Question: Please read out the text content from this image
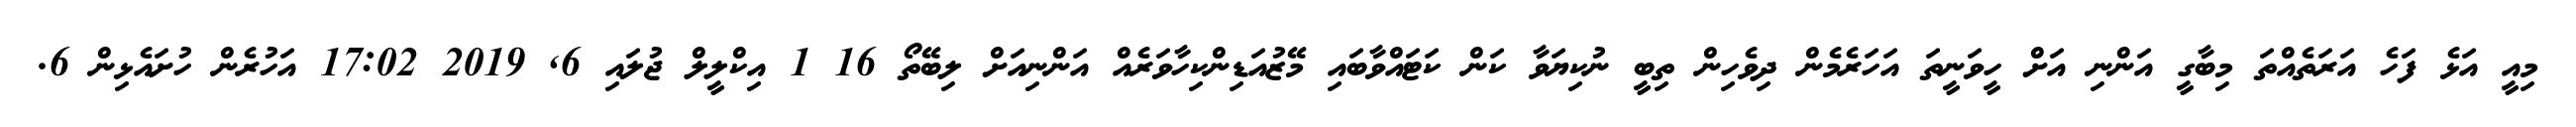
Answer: މިއީ އަޅެ ފަހެ އަރަތެއްތަ މިބާގީ އަންނި އަށް ހީވަނީތަ އަހަރެމެން ދިވެހިން ތިބީ ނުކިޔަވާ ކަން ކަޓައްވާބައި މޭޒުއަޑިންކިހާވަރެއް އަންނިއަށް ލިބޭތޯ 16 1 އިކްލީލް ޖުލައި 6, 2019 17:02 އަހުރެން ހުށައެޅިން 6.